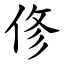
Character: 俢